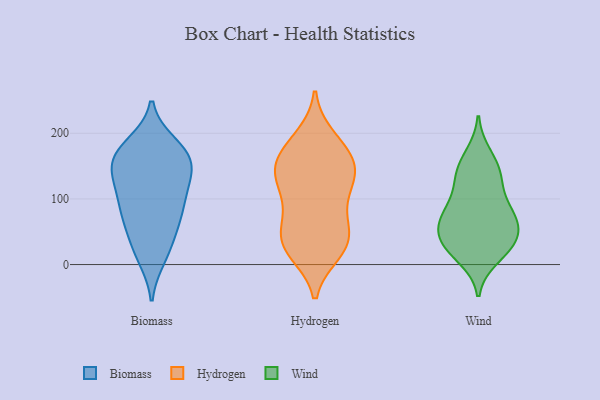
{"axis": {"x": "Churn Rate (%)", "y": "Value"}, "legend": ["Biomass", "Hydrogen", "Wind"], "data": [{"x": "", "y": 73, "type": "Biomass"}, {"x": "", "y": 184, "type": "Biomass"}, {"x": "", "y": 137, "type": "Biomass"}, {"x": "", "y": 14, "type": "Biomass"}, {"x": "", "y": 52, "type": "Biomass"}, {"x": "", "y": 34, "type": "Biomass"}, {"x": "", "y": 161, "type": "Biomass"}, {"x": "", "y": 137, "type": "Biomass"}, {"x": "", "y": 104, "type": "Biomass"}, {"x": "", "y": 70, "type": "Biomass"}, {"x": "", "y": 78, "type": "Biomass"}, {"x": "", "y": 109, "type": "Biomass"}, {"x": "", "y": 174, "type": "Biomass"}, {"x": "", "y": 160, "type": "Biomass"}, {"x": "", "y": 96, "type": "Biomass"}, {"x": "", "y": 10, "type": "Biomass"}, {"x": "", "y": 164, "type": "Biomass"}, {"x": "", "y": 150, "type": "Biomass"}, {"x": "", "y": 129, "type": "Biomass"}, {"x": "", "y": 181, "type": "Biomass"}, {"x": "", "y": 33, "type": "Hydrogen"}, {"x": "", "y": 159, "type": "Hydrogen"}, {"x": "", "y": 150, "type": "Hydrogen"}, {"x": "", "y": 125, "type": "Hydrogen"}, {"x": "", "y": 20, "type": "Hydrogen"}, {"x": "", "y": 115, "type": "Hydrogen"}, {"x": "", "y": 145, "type": "Hydrogen"}, {"x": "", "y": 55, "type": "Hydrogen"}, {"x": "", "y": 170, "type": "Hydrogen"}, {"x": "", "y": 25, "type": "Hydrogen"}, {"x": "", "y": 18, "type": "Hydrogen"}, {"x": "", "y": 189, "type": "Hydrogen"}, {"x": "", "y": 90, "type": "Hydrogen"}, {"x": "", "y": 72, "type": "Hydrogen"}, {"x": "", "y": 157, "type": "Hydrogen"}, {"x": "", "y": 139, "type": "Hydrogen"}, {"x": "", "y": 50, "type": "Hydrogen"}, {"x": "", "y": 116, "type": "Hydrogen"}, {"x": "", "y": 194, "type": "Hydrogen"}, {"x": "", "y": 38, "type": "Hydrogen"}, {"x": "", "y": 77, "type": "Wind"}, {"x": "", "y": 29, "type": "Wind"}, {"x": "", "y": 77, "type": "Wind"}, {"x": "", "y": 40, "type": "Wind"}, {"x": "", "y": 22, "type": "Wind"}, {"x": "", "y": 129, "type": "Wind"}, {"x": "", "y": 113, "type": "Wind"}, {"x": "", "y": 167, "type": "Wind"}, {"x": "", "y": 77, "type": "Wind"}, {"x": "", "y": 11, "type": "Wind"}, {"x": "", "y": 39, "type": "Wind"}, {"x": "", "y": 143, "type": "Wind"}, {"x": "", "y": 65, "type": "Wind"}, {"x": "", "y": 70, "type": "Wind"}, {"x": "", "y": 145, "type": "Wind"}, {"x": "", "y": 37, "type": "Wind"}]}